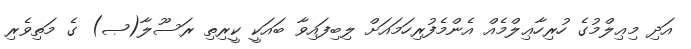
އަދި މިޢިލްމުގެ ހުރިހާޢިލްމެއް އެންމެފުރިހަމައަށް ލިބިފައިވާ ބައަކީ ކީރިތި ރަސޫލާ(ޞ) ގެ މަތިވެރި